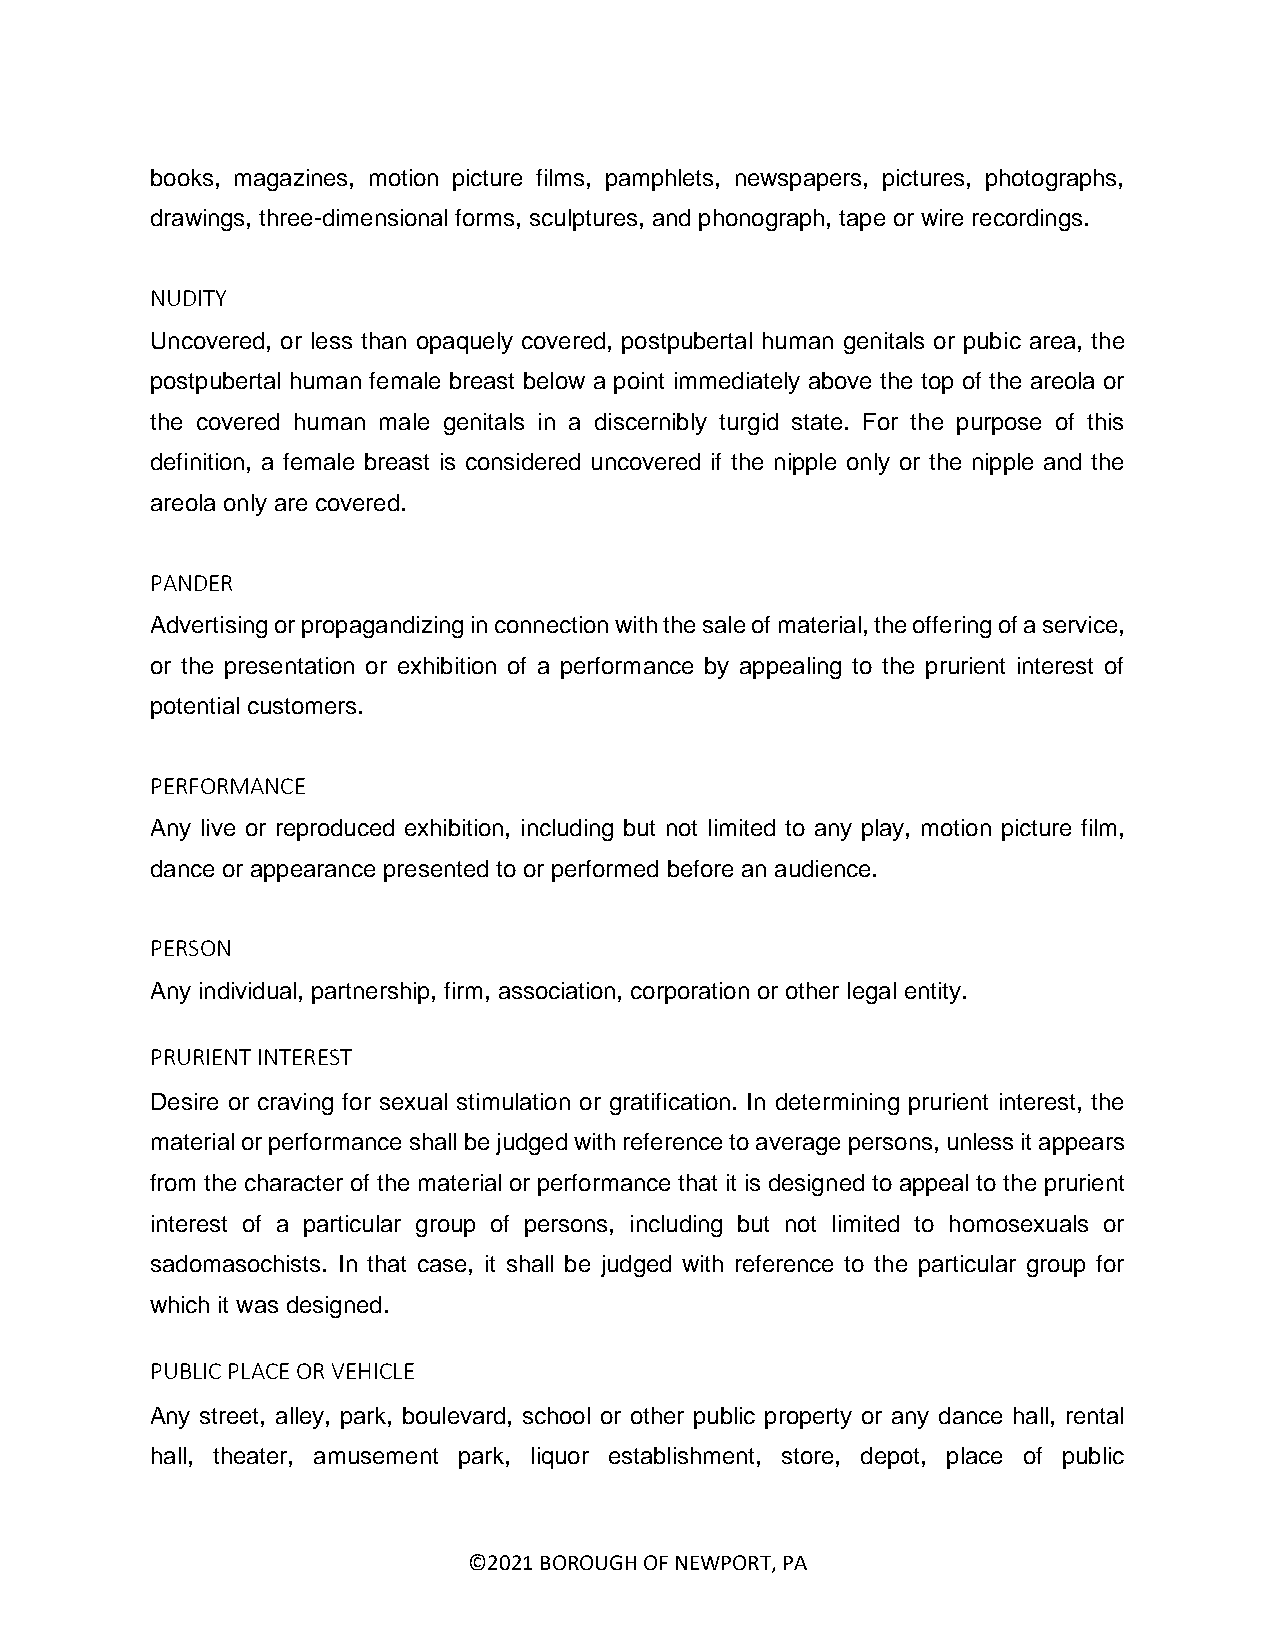
books, magazines, motion picture films, pamphlets, newspapers, pictures, photographs,
 drawings, three-dimensional forms, sculptures, and phonograph, tape or wire recordings.
 NUDITY
 Uncovered, or less than opaquely covered, postpubertal human genitals or pubic area, the
 postpubertal human female breast below a point immediately above the top of the areola or
 the covered human male genitals in a discernibly turgid state. For the purpose of this
 definition, a female breast is considered uncovered if the nipple only or the nipple and the
 areola only are covered.
 PANDER
 Advertising or propagandizing in connection with the sale of material, the offering of a service,
 or the presentation or exhibition of a performance by appealing to the prurient interest of
 potential customers.
 PERFORMANCE
 Any live or reproduced exhibition, including but not limited to any play, motion picture film,
 dance or appearance presented to or performed before an audience.
 PERSON
 Any individual, partnership, firm, association, corporation or other legal entity.
 PRURIENT INTEREST
 Desire or craving for sexual stimulation or gratification. In determining prurient interest, the
 material or performance shall be judged with reference to average persons, unless it appears
 from the character of the material or performance that it is designed to appeal to the prurient
 interest of a particular group of persons, including but not limited to homosexuals or
 sadomasochists. In that case, it shall be judged with reference to the particular group for
 which it was designed.
 PUBLIC PLACE OR VEHICLE
 Any street, alley, park, boulevard, school or other public property or any dance hall, rental
 hall, theater, amusement park, liquor establishment, store, depot, place of public
 ©2021 BOROUGH OF NEWPORT, PA